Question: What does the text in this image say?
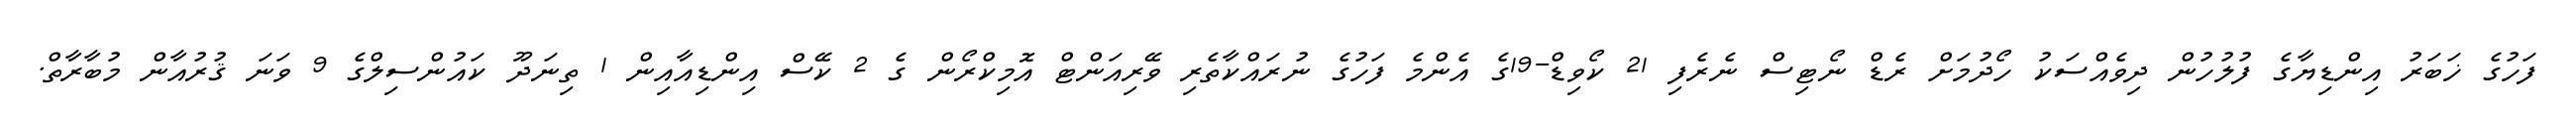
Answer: ފަހުގެ ޚަބަރު އިންޑިޔާގެ ފުލުހުން ދިވެއްސަކު ހޯދުމަށް ރެޑް ނޯޓިސް ނެރެފި 21 ކޯވިޑް-19ގެ އެންމެ ފަހުގެ ނުރައްކާތެރި ވޭރިއަންޓް އޮމިކްރޯން ގެ 2 ކޭސް އިންޑިއާއިން 1 ތިނަދޫ ކައުންސިލްގެ 9 ވަނަ ޤުރުއާން މުބާރާތް.